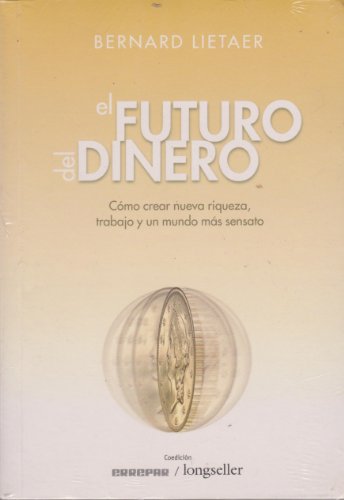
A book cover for El futuro del dinero/The Future of Money: Como crear nueva riqueza, trabajo y un mundo mas sensato/Creating New Wealth, Work and a Wiser World (Spanish Edition); Bernard Lietaer; Business & Money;